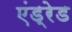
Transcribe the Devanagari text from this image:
एंड्रेड